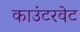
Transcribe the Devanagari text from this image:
काउंटरवेट